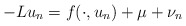
\begin{align*}-Lu_{n}=f(\cdot,u_{n})+\mu+\nu_{n}\end{align*}